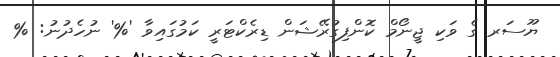
ޔޫސަރ ގެ ވަކި ޖީނޯމް ކޮންފިގުރޭޝަން ޑިރެކްޓަރީ ކަމުގައިވާ '%' ނުހެދުނު: %